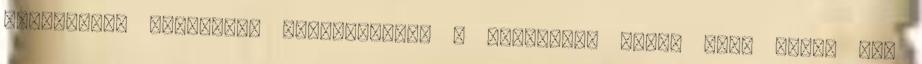
terrorista merénylet lehetőségét. A Moszkvába tartó gép, amely nem